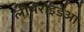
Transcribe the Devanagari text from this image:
लीमरोइडेआ